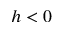
h < 0